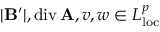
| \mathbf { B } ^ { \prime } | , \mathrm { d i v } \, \mathbf { A } , v , w \in L _ { \mathrm { l o c } } ^ { p }